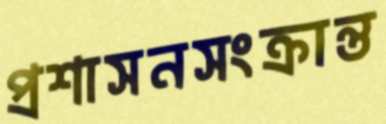
প্রশাসনসংক্রান্ত